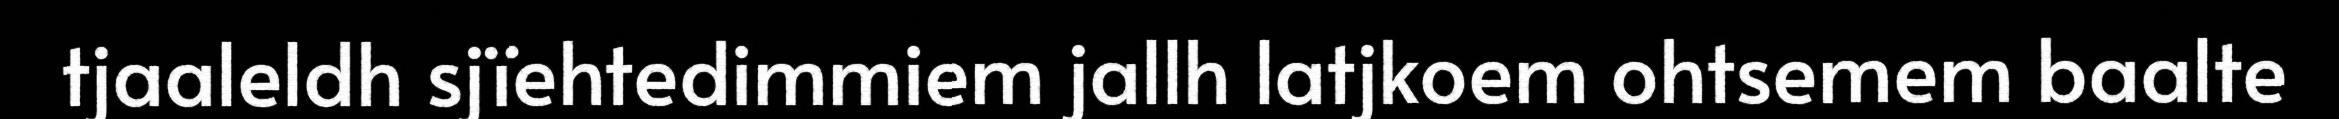
tjaaleldh sjïehtedimmiem jallh latjkoem ohtsemem baalte